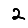
Digit: 2